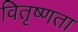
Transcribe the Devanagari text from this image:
वितृष्णता